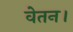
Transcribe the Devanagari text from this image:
वेतन।